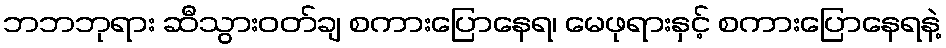
ဘဘဘုရား ဆီသွားဝတ်ချ စကားပြောနေရ၊ မေဖုရားနှင့် စကားပြောနေရနဲ့